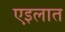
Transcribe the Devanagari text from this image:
एइलात